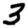
Digit: 3